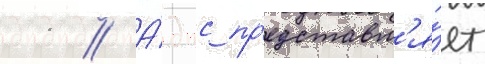
11 // А́дпс пр'едставл'я́ет